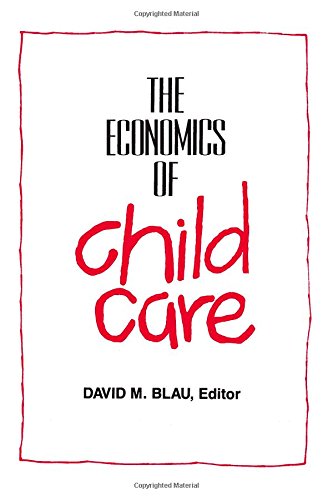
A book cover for Economics of Child Care; Parenting & Relationships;